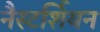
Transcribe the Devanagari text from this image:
नैस्टर्शियन